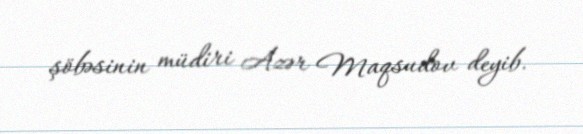
şöbəsinin müdiri Azər Maqsudov deyib.